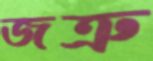
জত্রু